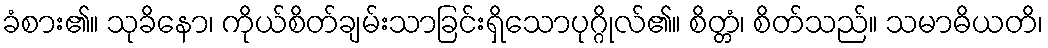
ခံစား၏။ သုခိနော၊ ကိုယ်စိတ်ချမ်းသာခြင်းရှိသောပုဂ္ဂိုလ်၏။ စိတ္တံ၊ စိတ်သည်။ သမာဓိယတိ၊